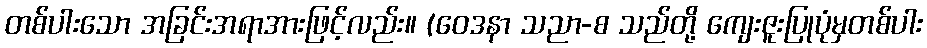
တစ်ပါးသော အခြင်းအရာအားဖြင့်လည်း။ (ဝေဒနာ သညာ-စ သည်တို့ ကျေးဇူးပြုပုံမှတစ်ပါး